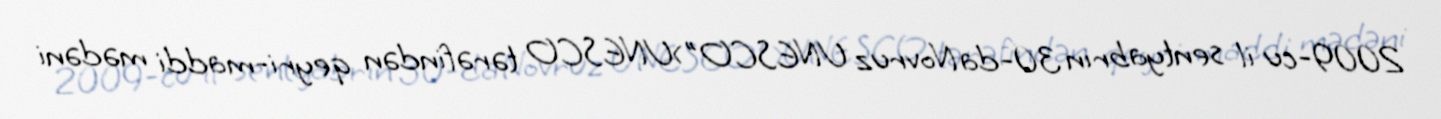
2009-cu il sentyabrın 30-da Novruz UNESCO">UNESCO tərəfindən qeyri-maddi mədəni